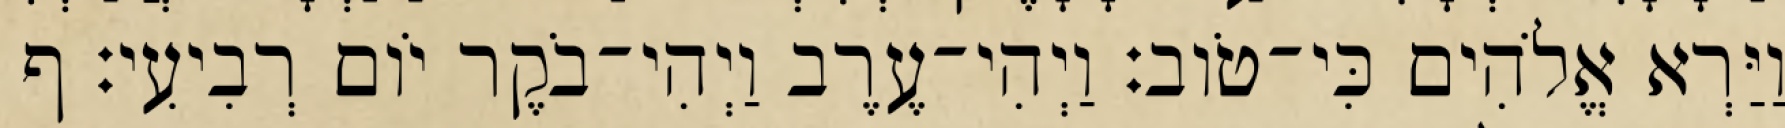
וַיַּרְא אֱלֹהִים כִּי־טֹוב׃ וַיְהִי־עֶרֶב וַיְהִי־בֹקֶר יֹום רְבִיעִי׃ ף